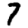
Digit: 7